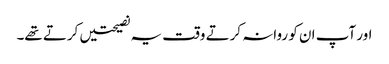
اور آپ ان کو روانہ کرتے وقت یہ نصیحتیں کرتے تھے۔